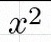
x^2